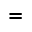
=